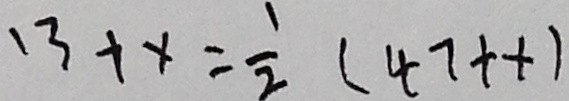
1 3 + 1 = \frac { 1 } { 2 } ( 4 7 + + )